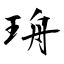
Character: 珘